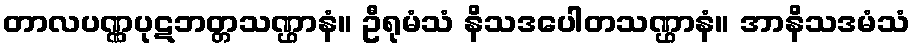
တာလပဏ္ဏပုဋဘတ္တသဏ္ဌာနံ။ ဦရုမံသံ နိသဒပေါတသဏ္ဌာနံ။ အာနိသဒမံသံ